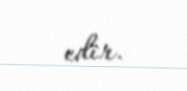
edir.